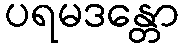
ပရမဒန္တော